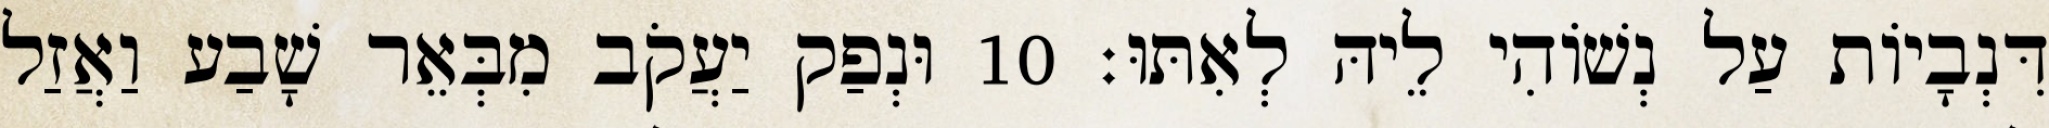
דִּנְבָיוֹת עַל נְשׁוֹהִי לֵיהּ לְאִתּוּ׃ 10 וּנְפַק יַעֲקֹב מִבְּאֵר שָׁבַע וַאֲזַל